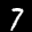
Label: 7